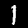
Digit: 1